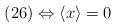
LaTeX: \begin{align*} (26) \Leftrightarrow \langle x \rangle = 0\end{align*}